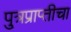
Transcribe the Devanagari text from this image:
पु्त्रप्राप्तीचा